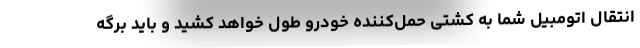
انتقال اتومبیل شما به کشتی حمل‌کننده خودرو طول خواهد کشید و باید برگه